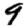
Digit: 9